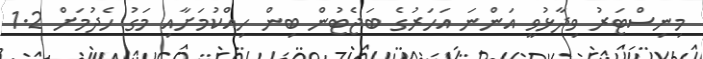
މިނިސްޓަރު ވިދާޅުވީ އަންނަ އަހަރުގެ ބަޖެޓުން ބިން ހިއްކުމަށާއި މަގު ހެދުމަށް 1.2